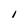
Character: I